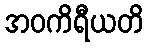
အဝကိရီယတိ